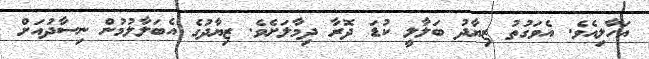
އަހާލިއެވެ. އެވަގުތު ޒިޔާދު ބަލާލީ ކުޑަ ދޮރާ ދިމާލަށެވެ. ޒިޔާދުގެ އެބަލާލުމުން ނިސާދުއަށް